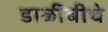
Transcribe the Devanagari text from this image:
डाळींबीचे